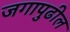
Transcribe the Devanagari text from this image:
जगापुढील